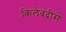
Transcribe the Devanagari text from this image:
किलेबंदीसे